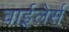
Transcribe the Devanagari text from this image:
वाईलेर्स